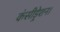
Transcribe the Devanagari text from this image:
कंसीड्रेशन।